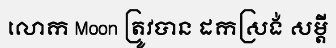
លោក Moon ត្រូវបាន ដកស្រង់ សម្តី